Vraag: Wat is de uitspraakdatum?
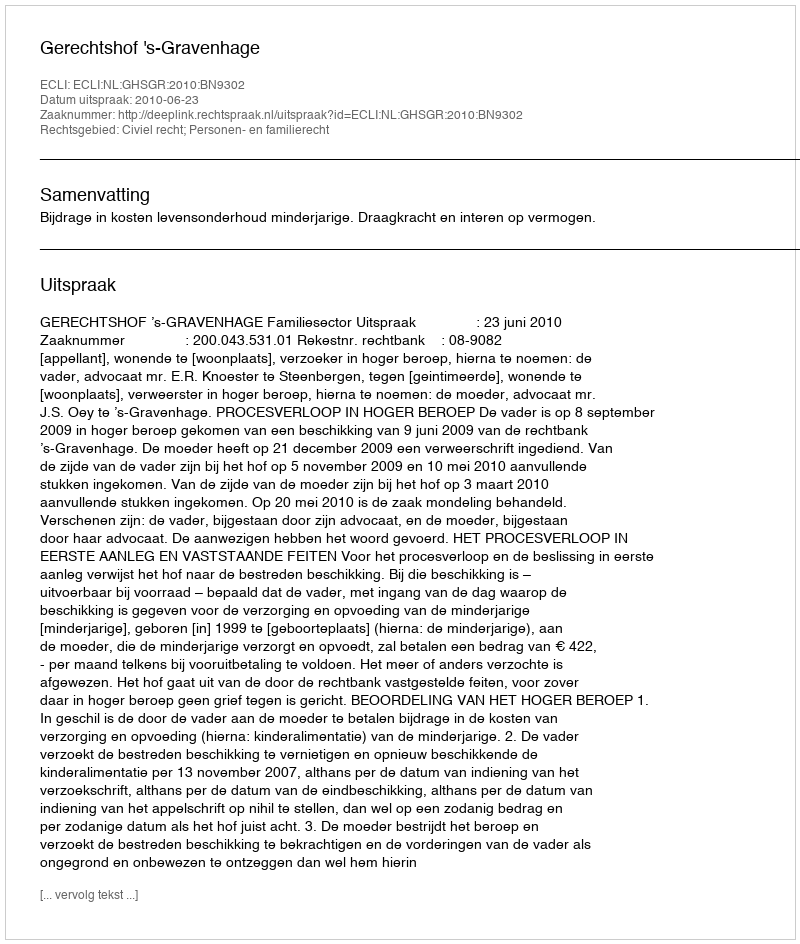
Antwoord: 2010-06-23